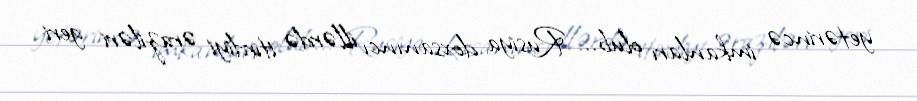
yetərincə imkanları olub... Rusiya doxsanıncı illərdə itirdiyi əraziləri geri